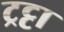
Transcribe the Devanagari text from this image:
ट्रट्टा